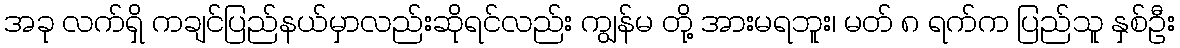
အခု လက်ရှိ ကချင်ပြည်နယ်မှာလည်းဆိုရင်လည်း ကျွန်မ တို့ အားမရဘူး၊ မတ် ၈ ရက်က ပြည်သူ နှစ်ဦး